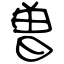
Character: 曽